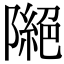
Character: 𨼎